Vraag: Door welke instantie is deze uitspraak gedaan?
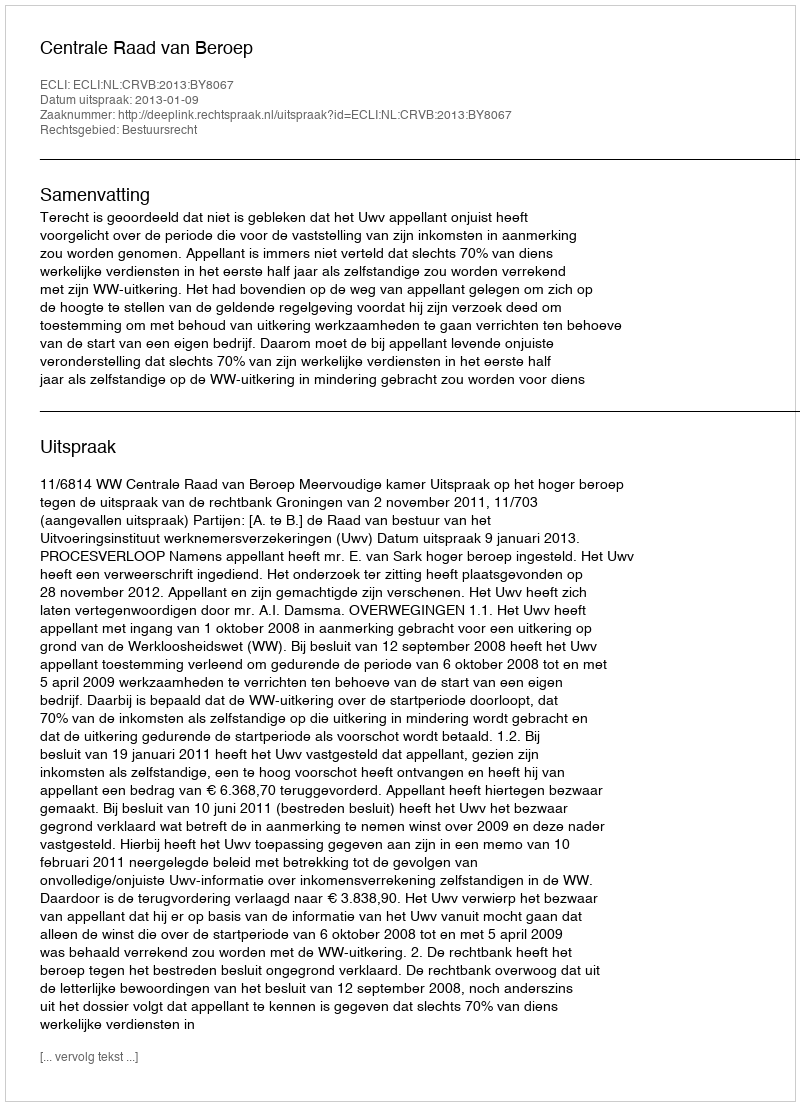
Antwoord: Centrale Raad van Beroep